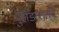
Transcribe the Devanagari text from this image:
पुरोडाशादि